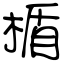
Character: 楯